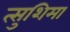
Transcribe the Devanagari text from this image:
त्सुशिमा